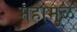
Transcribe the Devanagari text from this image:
महामुळ